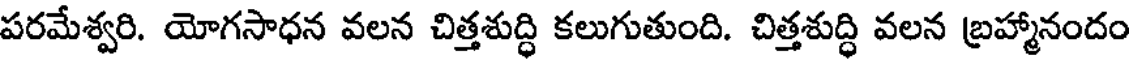
పరమేశ్వరి. యోగసాధన వలన చిత్తశుద్ధి కలుగుతుంది. చిత్తశుద్ధి వలన బ్రహ్మానందం